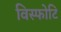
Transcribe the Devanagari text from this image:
विस्फोटि